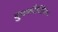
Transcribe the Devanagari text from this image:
बुधकौशिकः